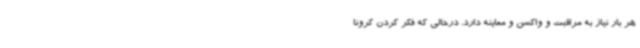
هر بار نیاز به مراقبت و واکسن و معاینه دارد. درحالی که فکر کردن کرونا